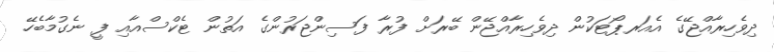
ދިވެހިރާއްޖޭގެ އެއަރޕޯޓަކުން ދިވެހިރާއްޖޭން ބޭރަށް ފުރާ ފަސިންޖަރުންގެ އަތުން ޓެކްސްއާއި ފީ ނެގުމާބެހޭ